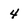
Character: 4